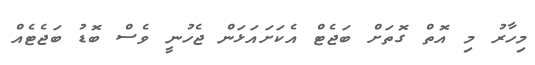
މިހާރު މި އޮތް ގޮތަށް ބަޖެޓް އެކަށައަޅަން ޖެހުނީ ވެސް ބޮޑު ބަޖެޓެއް